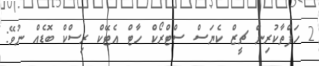
2 ހަފްތާކުރިން ޗީޒް ކެޔަސް ސްޓްރޯކް ހާޓް އެޓޭކް ރިސްކް ބޮޑެއް ނުވޭ: